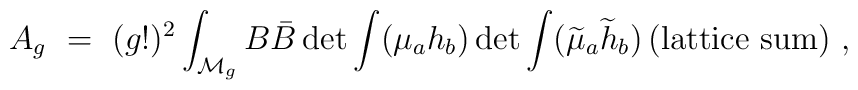
A_{g}~=~(g!)^2 \int_{{\cal M}_g}B\bar{B} \det{\int({\mu_a}h_{b}})\det{\int(\widetilde{\mu}_a \widetilde{h}_b)}\,({\rm {lattice~sum}})~,